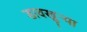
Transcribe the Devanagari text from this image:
डावखुऱ्या